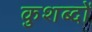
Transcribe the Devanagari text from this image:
कुशब्दों